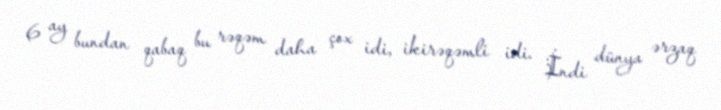
6 ay bundan qabaq bu rəqəm daha çox idi, ikirəqəmli idi. İndi dünya ərzaq